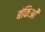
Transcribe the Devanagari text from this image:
बंकिओं